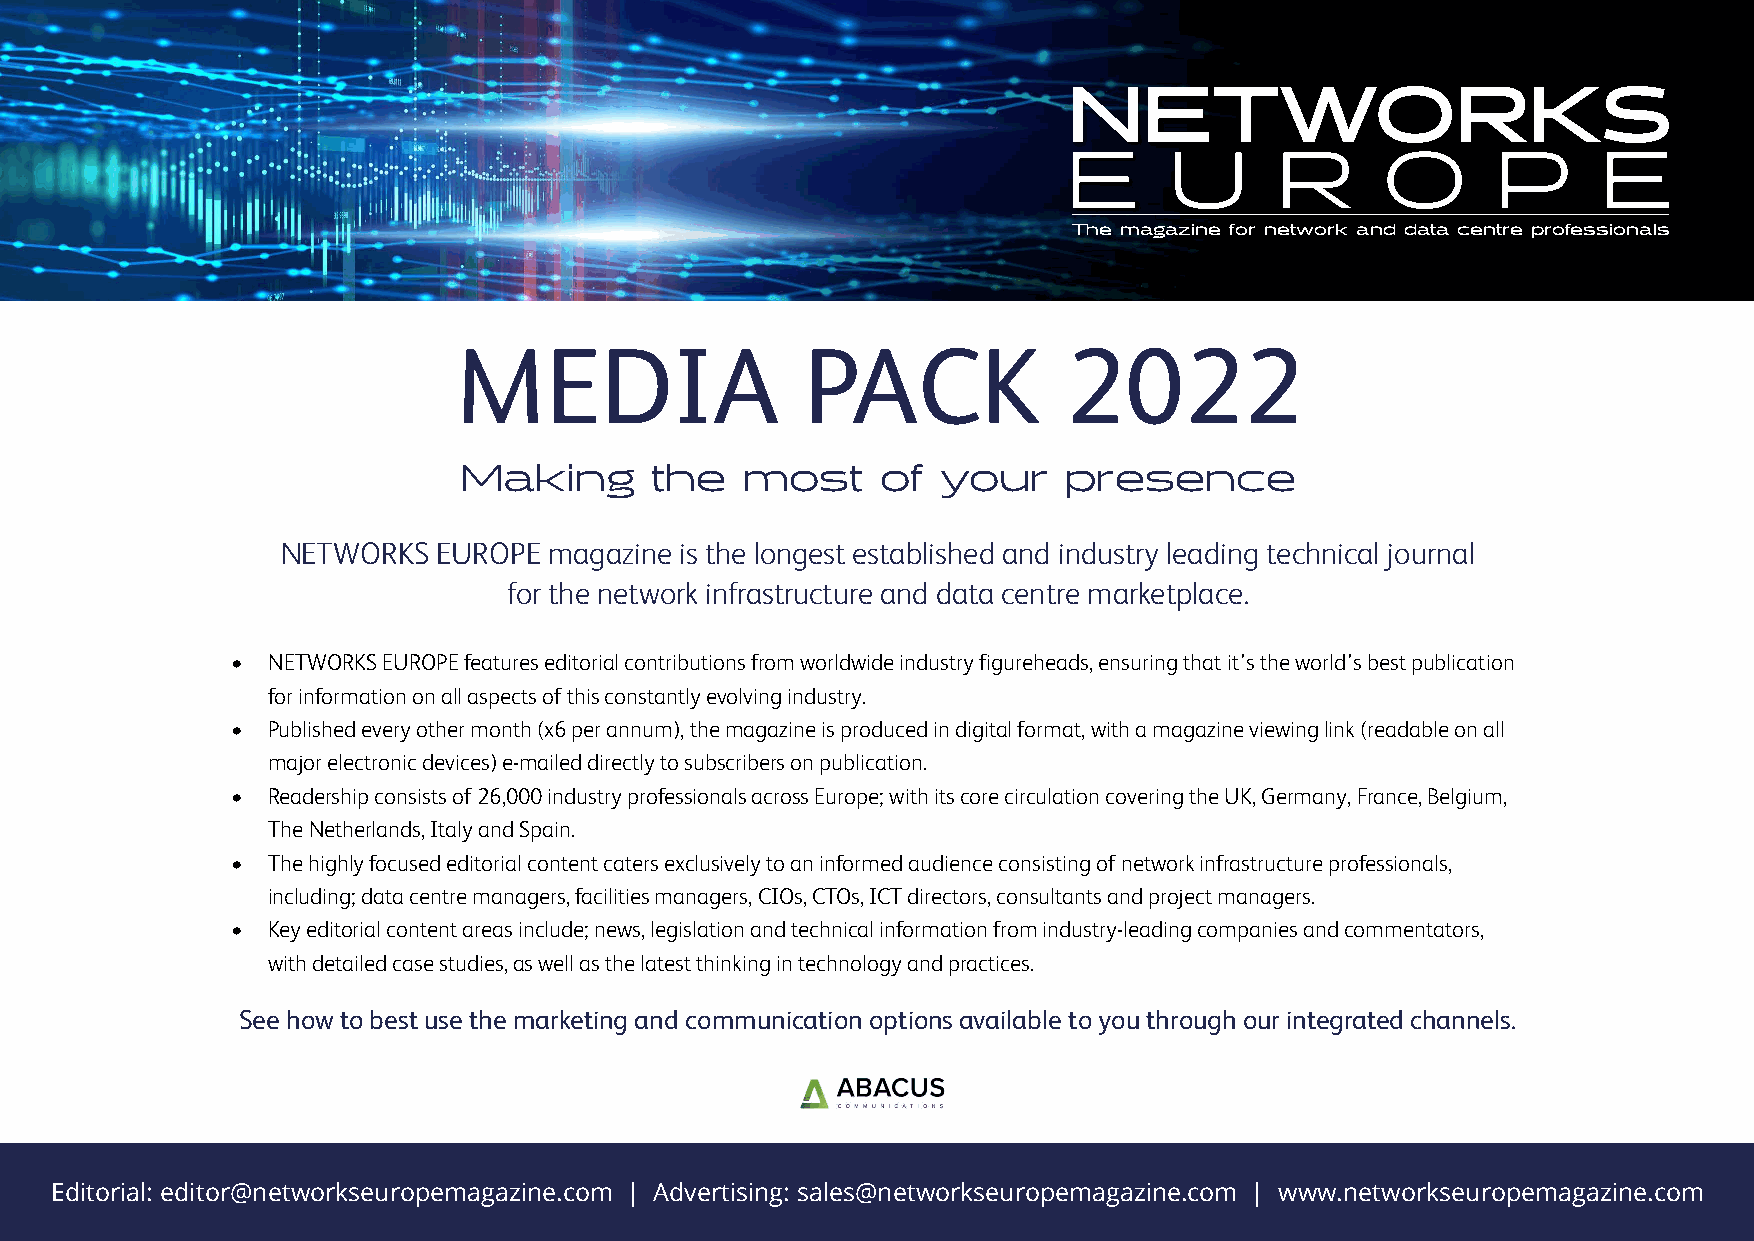
NETWORKS
 E     U       R      O      P      E
 The magazine for network and data centre professionals
 MEDIA                  PACK              2022
 Making       the   most     of  your     presence
 NETWORKS  EUROPE magazine is the longest established and industry leading technical journal
 for the network infrastructure and data centre marketplace.
 •  NETWORKS EUROPE features editorial contributions from worldwide industry figureheads, ensuring that it’s the world’s best publication
 for information on all aspects of this constantly evolving industry.
 •  Published every other month (x6 per annum), the magazine is produced in digital format, with a magazine viewing link (readable on all
 major electronic devices) e-mailed directly to subscribers on publication.
 •  Readership consists of 26,000 industry professionals across Europe; with its core circulation covering the UK, Germany, France, Belgium,
 The Netherlands, Italy and Spain.
 •  The highly focused editorial content caters exclusively to an informed audience consisting of network infrastructure professionals,
 including; data centre managers, facilities managers, CIOs, CTOs, ICT directors, consultants and project managers.
 •  Key editorial content areas include; news, legislation and technical information from industry-leading companies and commentators,
 with detailed case studies, as well as the latest thinking in technology and practices.
 See how to best use the marketing and communication options available to you through our integrated channels.
 Editorial: editor@networkseuropemagazine.com | Advertising: sales@networkseuropemagazine.com | www.networkseuropemagazine.com